Report of the King Institute of Preventive Medicine, Guindy
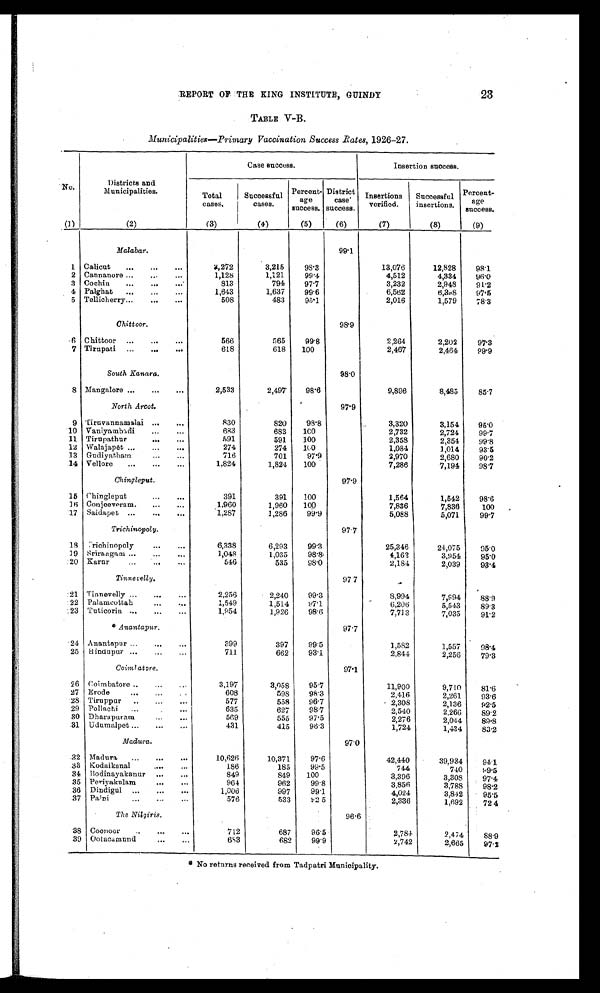
23
REPORT OF THE KING INSTITUTE, GUINDY
TABLE V-B.
Municipalities—Primary Vaccination Success Rates, 1926-27.
No.
Districts and
Municipalities.
Case success.
Insertion success.
Total
cases.
Successful
cases.
Percent-
age
success.
District
case
success.
Insertions
verified.
Successful
insertions,
P e r c e n t -
age
success.
(1)
(2)
(3)
(4)
(5)
(6)
(7)
(8)
(9)
Malabar.
99.1
1 Calicut . . .
3, 272
3,215
93.3
13,076
12,828
98.1
2 Cannanore . . .
1,128
1,121
99.4
4,512
4,334
96.0
3 Cochin . . .
813
794
97.7
3,232
2,948
91.2
4 Palghat . . .
1,643
1,637
99.6
6,562
6,398
97.5
5 Tellicherry . . .
508
483
95.1
2,016
1,579
78.3
Chittoor.
98.9
6 Chittoor . . .
566
565
99.8
2,264
2,202
97.3
7 Tirupati . . .
618
618
100
2,467
2,464
99.9
South Kanara.
98.0
8 Mangalore . . .
2,533
2,497
98.6
9,896
8,485
85.7
North Arcot.
97.9
9 Tiruvannamalai . . .
830
820
98.8
3,320
3,154
95.0
10 Vaniyambadi . . .
683
683
100
2,732
2,724
99.7
11 Tirupathur . . .
591
591
100
2,358
2,354
99.8
12 Walajapet . . .
274
274
100
1,084
1,014
93.5
13 Gudiyatham . . .
716
701
97.9
2,970
2,680
90.2
14 Vellore . . .
1,824
1,824
100
7,286
7,194
98.7
Chingleput.
97.9
15 Chingleput . . .
391
391
100
1,564
1,542
98.6
16 Conjeeveram . . .
1,960
1,960
100
7,836
7,836
100
17 Saidapet . . .
1,287
1,286
99.9
5,088
5,071
99.7
Trichinopoly .
97.7
18 Trichinopoly . . .
6,338
6,293
99.3
25,346
24,075
95.0
19 Srirangam . . .
1,048
1,035
98.8
4,162
3,954
95.0
20 Karur . . .
546
535
98.0
2,184
2,039
93.4
Tinnevelly.
97.7
21 Tinnevelly . . .
2,256
2,240
99.3
8,994
7,994
88.9
22 Palamcottah . . .
1,549
1,514
97.1
6,206
5,543
89.3
23 Tuticorin . . .
1,954
1,926
98.6
7,713
7,035
91.2
* Anantapur .
97.7
24 Anantapur . . .
399
397
99.5
1,582
1,557
98.4
25 Hindupur . . .
711
662
93.1
2,844
2,256
79.3
Coimbatore .
97.1
26 Coimbatore . . .
3,197
3,058
95.7
11,900
9,710
81.6
27 Erode . . .
608
598
98.3
2,416
2,261
93.6
28 Tiruppur . . .
577
558
96.7
2,308
2,136
92.5
29 Pollachi . . .
635
627
98.7
2,540
2,266
89.2
30 Dharapuram . . .
569
555
97.5
2,276
2,044
8 9 . 8
31 Udumalpet . . .
431
415
96.3
1,724
1,434
83.2
Madura.
97.0
32 Madura . . .
10,626
10,371
97.6
42,440
39,934
94.1
33 Kodaikanal . . .
186
185
99.5
744
740
99.5
34 Bodinayakanur . . .
849
849
100
3,396
3,308
97.4
98.2
35 Periyakulam . . .
964
962
99.8
3,856
3,788
36 Dindigul . . .
1,006
997
99.1
4,024
3,842
95.5
37 Palni . . .
576
533
92.5
2,336
1,692
72.4
The Nilgiris.
96.6
38 Coonoor . . .
712
687
96.5
2,784
2,474
88.9
39 OotacamUnd. . .
683
682
99.9
2,742
2,665
97.2
* No returns received from Tadpatri Municipality.